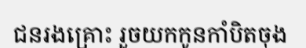
ជនរងគ្រោះ រួចយកកូនកាំបិតចុង